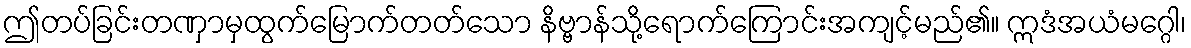
ဤတပ်ခြင်းတဏှာမှထွက်မြောက်တတ်သော နိဗ္ဗာန်သို့ရောက်ကြောင်းအကျင့်မည်၏။ ဣဒံအယံမဂ္ဂေါ၊